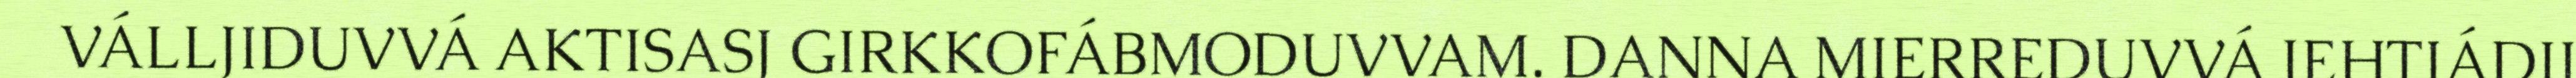
VÁLLJIDUVVÁ AKTISASJ GIRKKOFÁBMODUVVAM. DANNA MIERREDUVVÁ IEHTJÁDIJ